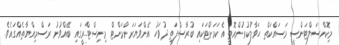
މިކޮންސަލްޓަންސީ މަސައްކަތް ހަވާލުކުރުންއޮތީ އެކަމަށްޓަކައި ބުރާސްފަތި ދުވަހު އެންވަޔަރަންމަންޓް މިނިސްޓްރީގައި ބޭއްވުނު ރަސްމިއްޔާތެއްގައެވެ.